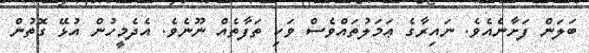
ބަލަން ފަށާނެއެވެ. ނައިރާގެ ޢަމަލުތައްވެސް ވަކި ތަފާތެއް ނޫނެވެ. އެދެމީހުން އުޅޭ ގޮތުން